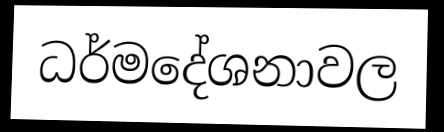
ධර්මදේශනාවල